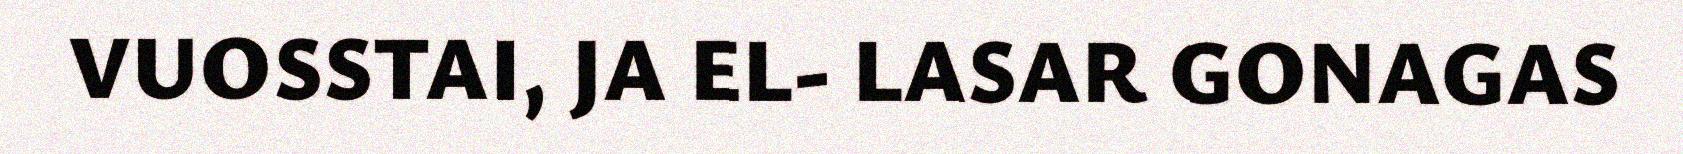
VUOSSTAI, JA EL- LASAR GONAGAS